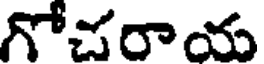
గోచరాయ